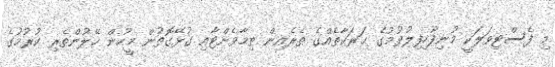
މި ފެސްޓިވަލަކީ މުނިފޫހިފިލުވުމުގެ ޙަރަކާތެއްގެ ތެރެއިން ތިމާވެށްޓާއި ގުޅޭގޮތުން މީހުން ހޭލުންތެރި ކުރުމުގެ